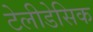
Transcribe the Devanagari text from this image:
टेलीडेसिक